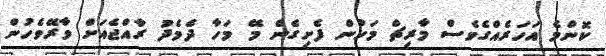
ކޮންމެ އަހަރެއްގެވެސް މާރިޗް މަހުން ފެށިގެން މޭ މަހާ ދެމެދު ރާއްޖެއަށް ވާރޭވެހުން